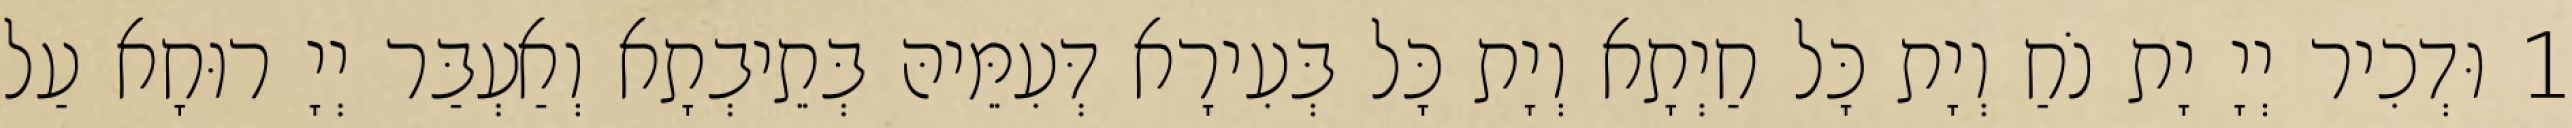
1 וּדְכִיר יְיָ יָת נֹחַ וְיָת כָּל חַיְתָא וְיָת כָּל בְּעִירָא דְּעִמֵּיהּ בְּתֵיבְתָא וְאַעְבַּר יְיָ רוּחָא עַל